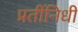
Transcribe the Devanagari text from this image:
प्रतींनिधी